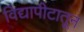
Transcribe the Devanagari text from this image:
विद्यापीटातून